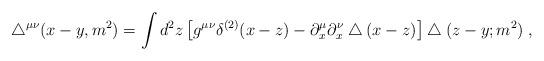
LaTeX: \begin{align*}\bigtriangleup^{\mu\nu}(x-y,m^2)=\int d^2z\left[g^{\mu\nu}\delta^{(2)}(x-z)-\partial^{\mu}_x\partial^{\nu}_x\bigtriangleup(x-z)\right]\bigtriangleup(z-y;m^2)\; , \end{align*}